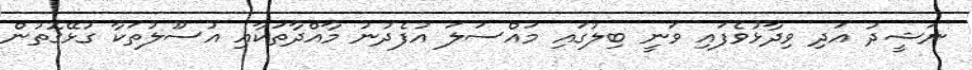
ނަޝީދު އަދި ވިދާޅުވެފައި ވަނީ ބިލުގައި މައްސަލަ އުފެދުނު މާއްދާތަކާއި އުސޫލުތަކާ ގުޅޭގޮތުން